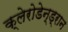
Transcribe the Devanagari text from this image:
क्लेरोडेन्ड्रान